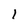
Character: 1